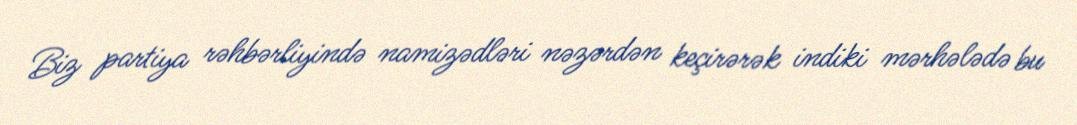
Biz partiya rəhbərliyində namizədləri nəzərdən keçirərək indiki mərhələdə bu